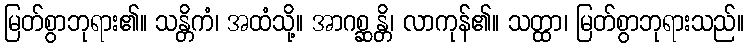
မြတ်စွာဘုရား၏။ သန္တိကံ၊ အထံသို့။ အာဂစ္ဆန္တိ၊ လာကုန်၏။ သတ္ထာ၊ မြတ်စွာဘုရားသည်။